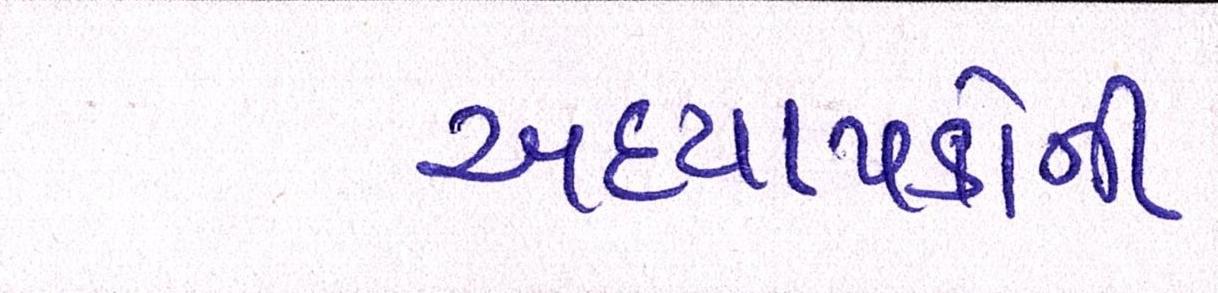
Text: અધ્યાપકોની